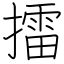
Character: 擂